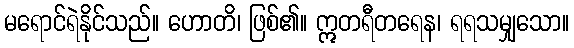
မရောင်ရဲနိုင်သည်။ ဟောတိ၊ ဖြစ်၏။ ဣတရီတရေန၊ ရရသမျှသော။